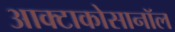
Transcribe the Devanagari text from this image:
आक्टाकोसानॉल